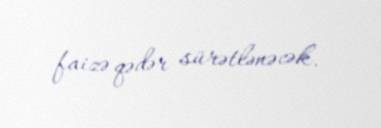
faizə qədər sürətlənəcək.